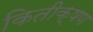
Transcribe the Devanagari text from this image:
कितीक्षण